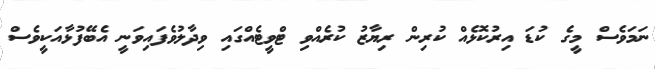
ނަމަވެސް މީގެ ކުޑަ އިރުކޮޅެއް ކުރިން ރިޔާޒު ކުރެއްވި ޓްވީޓެއްގައި ވިދާލުވެފަައިވަނީ އެބޭފުޅާއަކީވެސް